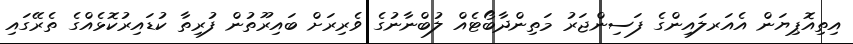
އިތިއޮޕިޔަން އެއަރލައިންގެ ފަސިންޖަރު މަތިންދާބޯޓެއް ލުބްނާނުގެ ވެރިރަށް ބައިރޫތުން ފުރިތާ ކުޑައިރުކޮޅެއްގެ ތެރޭގައި